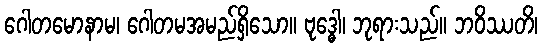
ဂေါတမောနာမ၊ ဂေါတမအမည်ရှိသော။ ဗုဒ္ဓေါ၊ ဘုရားသည်။ ဘဝိဿတိ၊